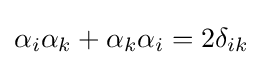
\alpha _{i}\alpha _{k}+\alpha _{k}\alpha _{i}=2\delta _{ik}